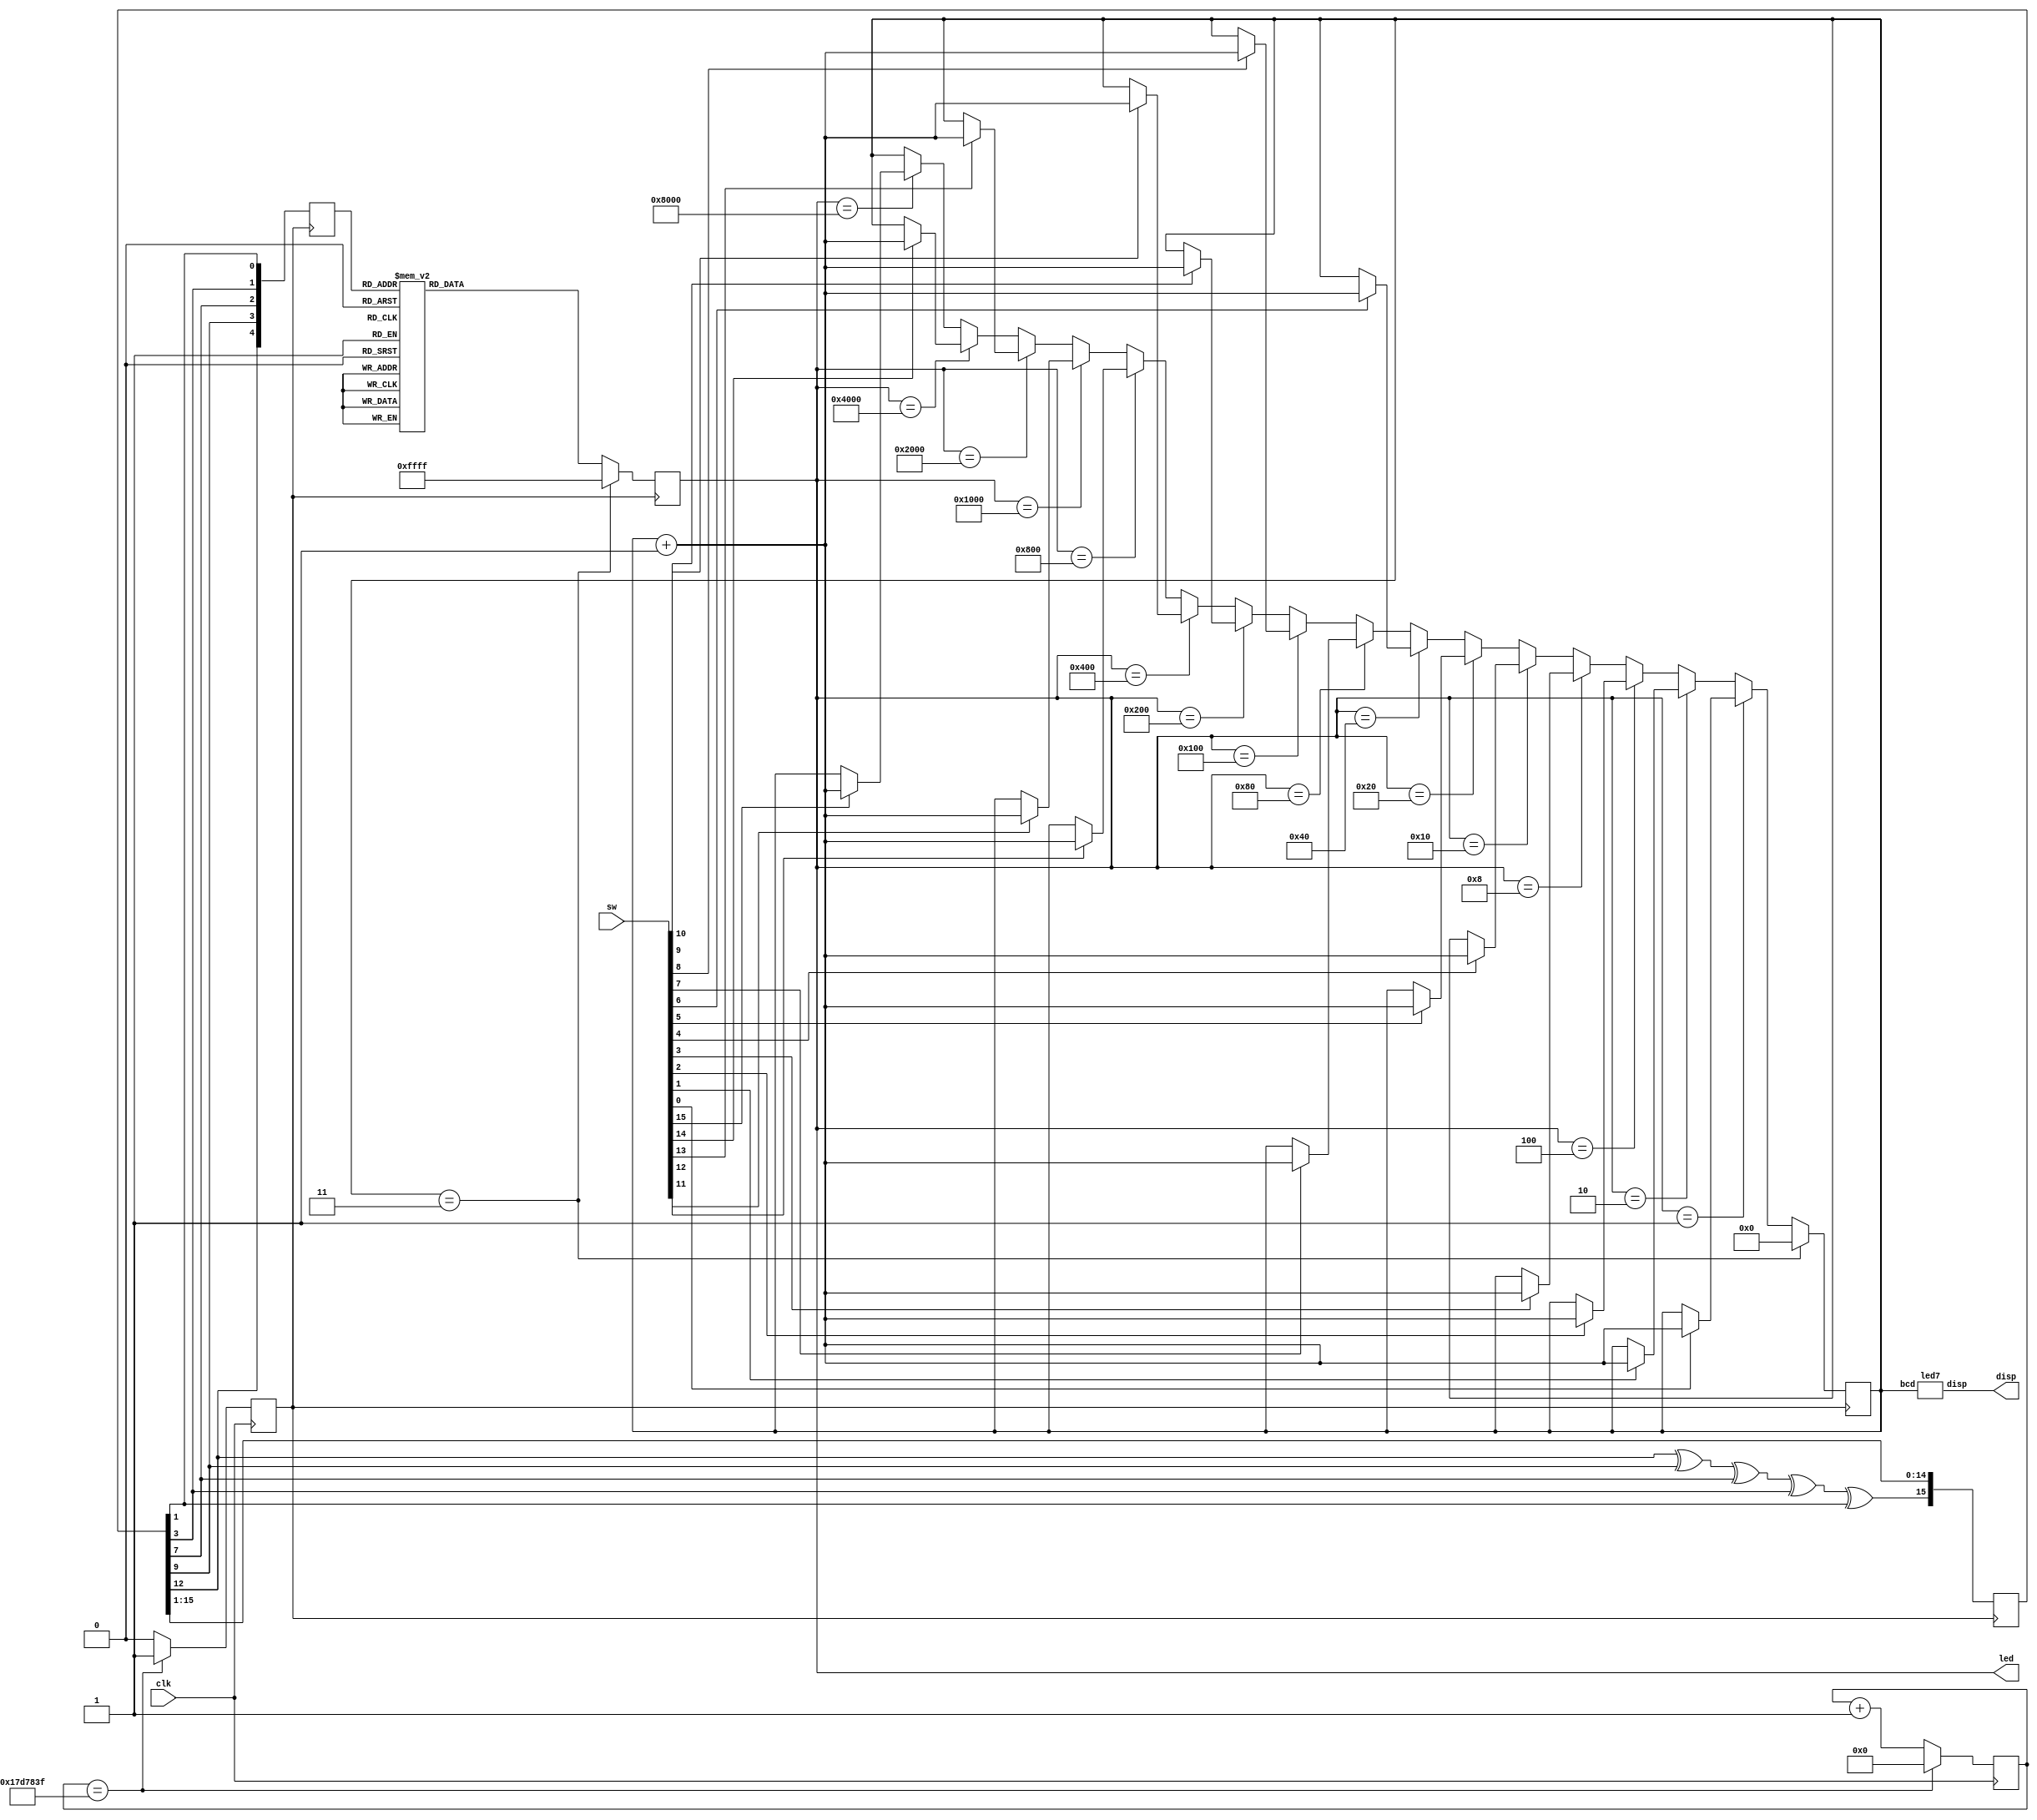
module project(clk,sw,led,disp);
	input clk;
	input [15:0] sw;
	output [15:0] led;
	output [6:0] disp;
	reg[4:0] random;
	reg[15:0] example = 16'b0010110010101101;
	reg xorex;
	reg [3:0] count;
	reg[15:0] led;
	reg clk1 = 0;
	reg[31:0] cnt;
	parameter endgame = 3;
	integer i;
	
	always @(negedge clk) begin
		if(cnt == 24999999) begin
			cnt <= 0;
			clk1 <= 1;
		end
		else begin
			cnt <= cnt+1;
			clk1 <= 0;
		end
	end
	
	always @(negedge clk1)begin
			random ={example[12],example[9],example[7],example[3],example[1]};
			xorex = (example[12]^example[9]^example[7]^example[3]^example[1]);
			
			for(i=0; i<15;i=i+1) begin
				example[i] = example[i+1];
			end
			example[15] = xorex;
	end
	
	always @(negedge clk1)begin
		case(random)
			5'b00001 : led <= 16'b0000000000000001;
			5'b00010 : led <= 16'b0000000000000010;
			5'b00011 : led <= 16'b0000000000000100;
			5'b00100 : led <= 16'b0000000000001000;
			5'b00101 : led <= 16'b0000000000010000;
			5'b00110 : led <= 16'b0000000000100000;
			5'b00111 : led <= 16'b0000000001000000;
			5'b01000 : led <= 16'b0000000010000000;
			5'b01001 : led <= 16'b0000000100000000;
			5'b01010 : led <= 16'b0000001000000000;
			5'b01011 : led <= 16'b0000010000000000;
			5'b01100 : led <= 16'b0000100000000000;
			5'b01101 : led <= 16'b0001000000000000;
			5'b01110 : led <= 16'b0010000000000000;
			5'b01111 : led <= 16'b0100000000000000;
			5'b10000 : led <= 16'b1000000000000000;
			default : led <= 16'b0000000000000000;
		endcase
		
		if(led == 16'b0000000000000001)begin
			if(sw[0]==1)
				count <= count + 1;
		end
		else if(led == 16'b0000000000000010)begin
			if(sw[1]==1)
				count <= count + 1;
		end
		else if(led == 16'b0000000000000100)begin
			if(sw[2]==1)
				count <= count + 1;
		end
		else if(led == 16'b0000000000001000)begin
			if(sw[3]==1)
				count <= count + 1;
		end
		else if(led == 16'b0000000000010000)begin
			if(sw[4]==1)
				count <= count + 1;
		end
		else if(led == 16'b0000000000100000)begin
			if(sw[5]==1)
				count <= count + 1;
		end
		else if(led == 16'b0000000001000000)begin
			if(sw[6]==1)
				count <= count + 1;
		end
		else if(led == 16'b0000000010000000)begin
			if(sw[7]==1)
				count <= count + 1;
		end
		else if(led == 16'b0000000100000000)begin
			if(sw[8]==1)
				count <= count + 1;
		end
		else if(led == 16'b0000001000000000)begin
			if(sw[9]==1)
				count <= count + 1;
		end
		else if(led == 16'b0000010000000000)begin
			if(sw[10]==1)
				count <= count + 1;
		end
		else if(led == 16'b0000100000000000)begin
			if(sw[11]==1)
				count <= count + 1;
		end
		else if(led == 16'b0001000000000000)begin
			if(sw[12]==1)
				count <= count + 1;
		end
		else if(led == 16'b0010000000000000)begin
			if(sw[13]==1)
				count <= count + 1;
		end
		else if(led == 16'b0100000000000000)begin
			if(sw[14]==1)
				count <= count + 1;
		end
		else if(led == 16'b1000000000000000)begin
			if(sw[15]==1)
				count <= count + 1;
		end
		else count <= count;
		
		if(count == endgame)begin
			led <= 16'b1111111111111111;
			count <= 0;
		end
	end
	
	led7 u1 (count,disp);
		
endmodule

module led7(bcd,disp);
	input [3:0] bcd;
	output [6:0] disp;
	reg [6:0] display;
	assign disp = ~display;

	always @(bcd) begin
		case (bcd)
			0: display=7'b111_1110;
			1: display=7'b011_0000;
			2: display=7'b110_1101;
			3: display=7'b111_1001;
			4: display=7'b011_0011;
			5: display=7'b101_1011;
			6: display=7'b101_1111;
			7: display=7'b111_0000; 
			8: display=7'b111_1111;
			9: display=7'b111_1011;
			10: display=7'b111_0111;
			11: display=7'b001_1111;
			12: display=7'b100_1110;
			13: display=7'b011_1101;
			14: display=7'b100_1111;
			15: display=7'b100_0111;
			default: display = 7'b000_0000;
		endcase
	end
endmodule